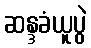
ဆန္ဒခံယူပွဲ